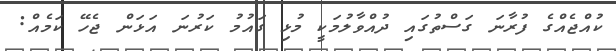
ކުއްޖެއްގެ ފުރާނަ ގަސްތުގައި ދުއްވާލުމަކީ މުޅި ގައުމު ކަރުނަ އަޅަން ޖެހޭ ކަމެއް: